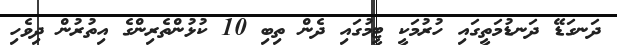
ދަނގަޑޭ ދަނޑުމަތީގައި ހުރުމަކީ ޓީމުގައި ދެން ތިބި 10 ކުޅުންތެރިންގެ އިތުރުން ދިވެހި